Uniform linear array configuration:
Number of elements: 48
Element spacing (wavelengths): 0.75
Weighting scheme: uniform
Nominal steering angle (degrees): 15
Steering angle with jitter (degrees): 13.998
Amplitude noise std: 0.05
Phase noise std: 0.05

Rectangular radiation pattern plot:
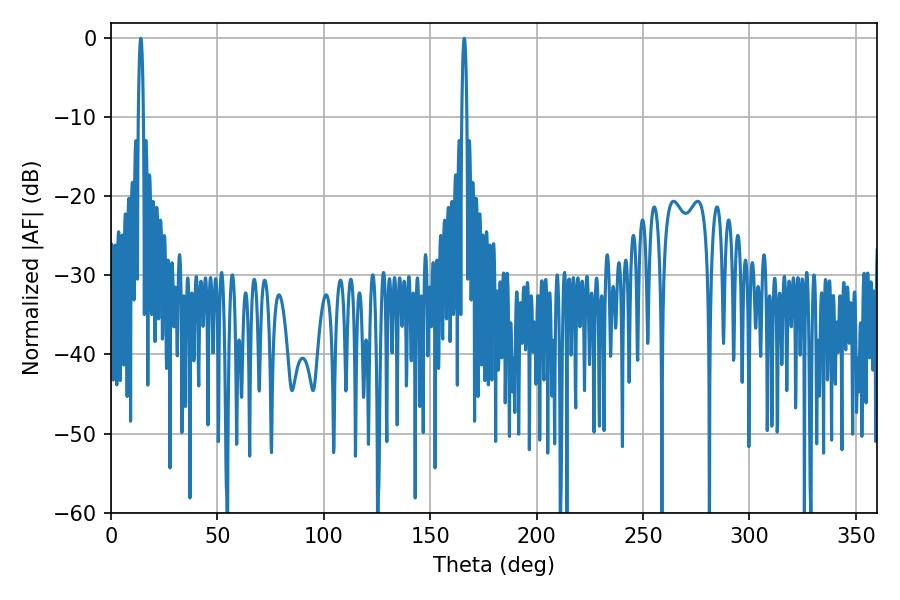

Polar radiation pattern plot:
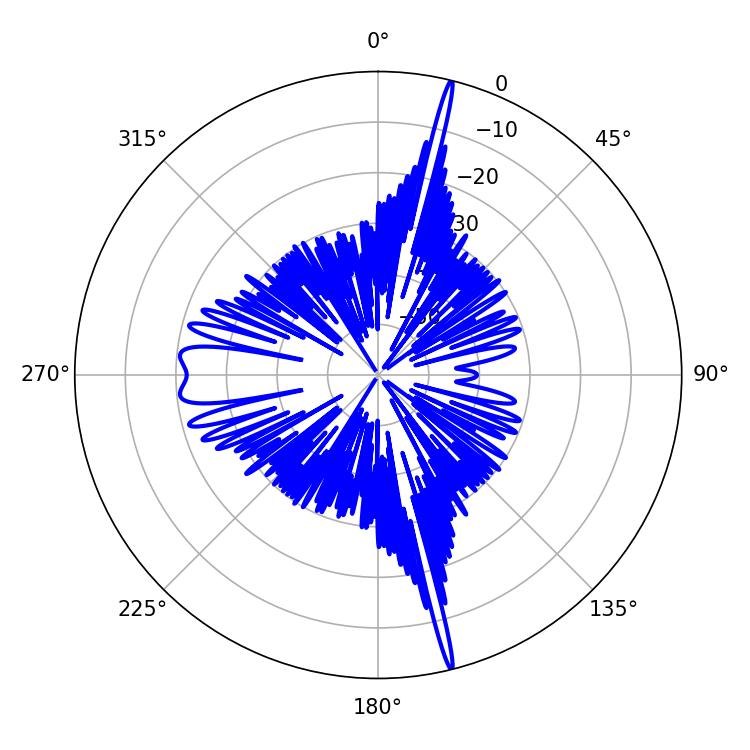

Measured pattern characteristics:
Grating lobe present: TRUE
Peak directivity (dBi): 22.973
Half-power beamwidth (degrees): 1.26
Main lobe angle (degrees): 14.04